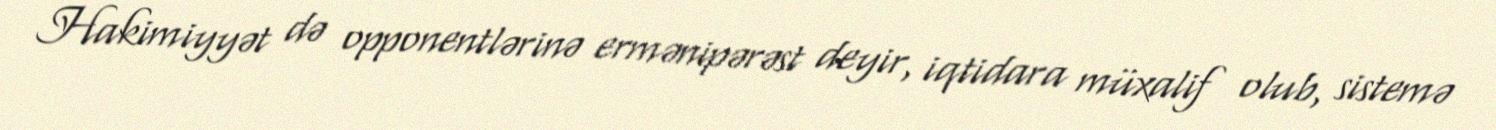
Hakimiyyət də opponentlərinə ermənipərəst deyir, iqtidara müxalif olub, sistemə